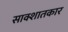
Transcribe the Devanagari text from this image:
साक्शातकार